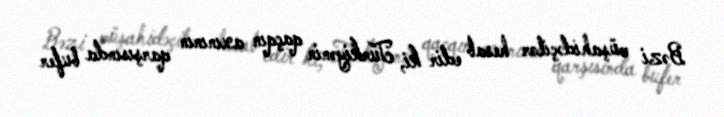
Bəzi müşahidəçilər hesab edir ki, Türkiyənin qaçqın axınının qarşısında bufer